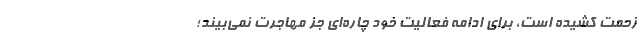
زحمت کشیده است، برای ادامه فعالیت خود چاره‌ای جز مهاجرت نمی‌بیند؛